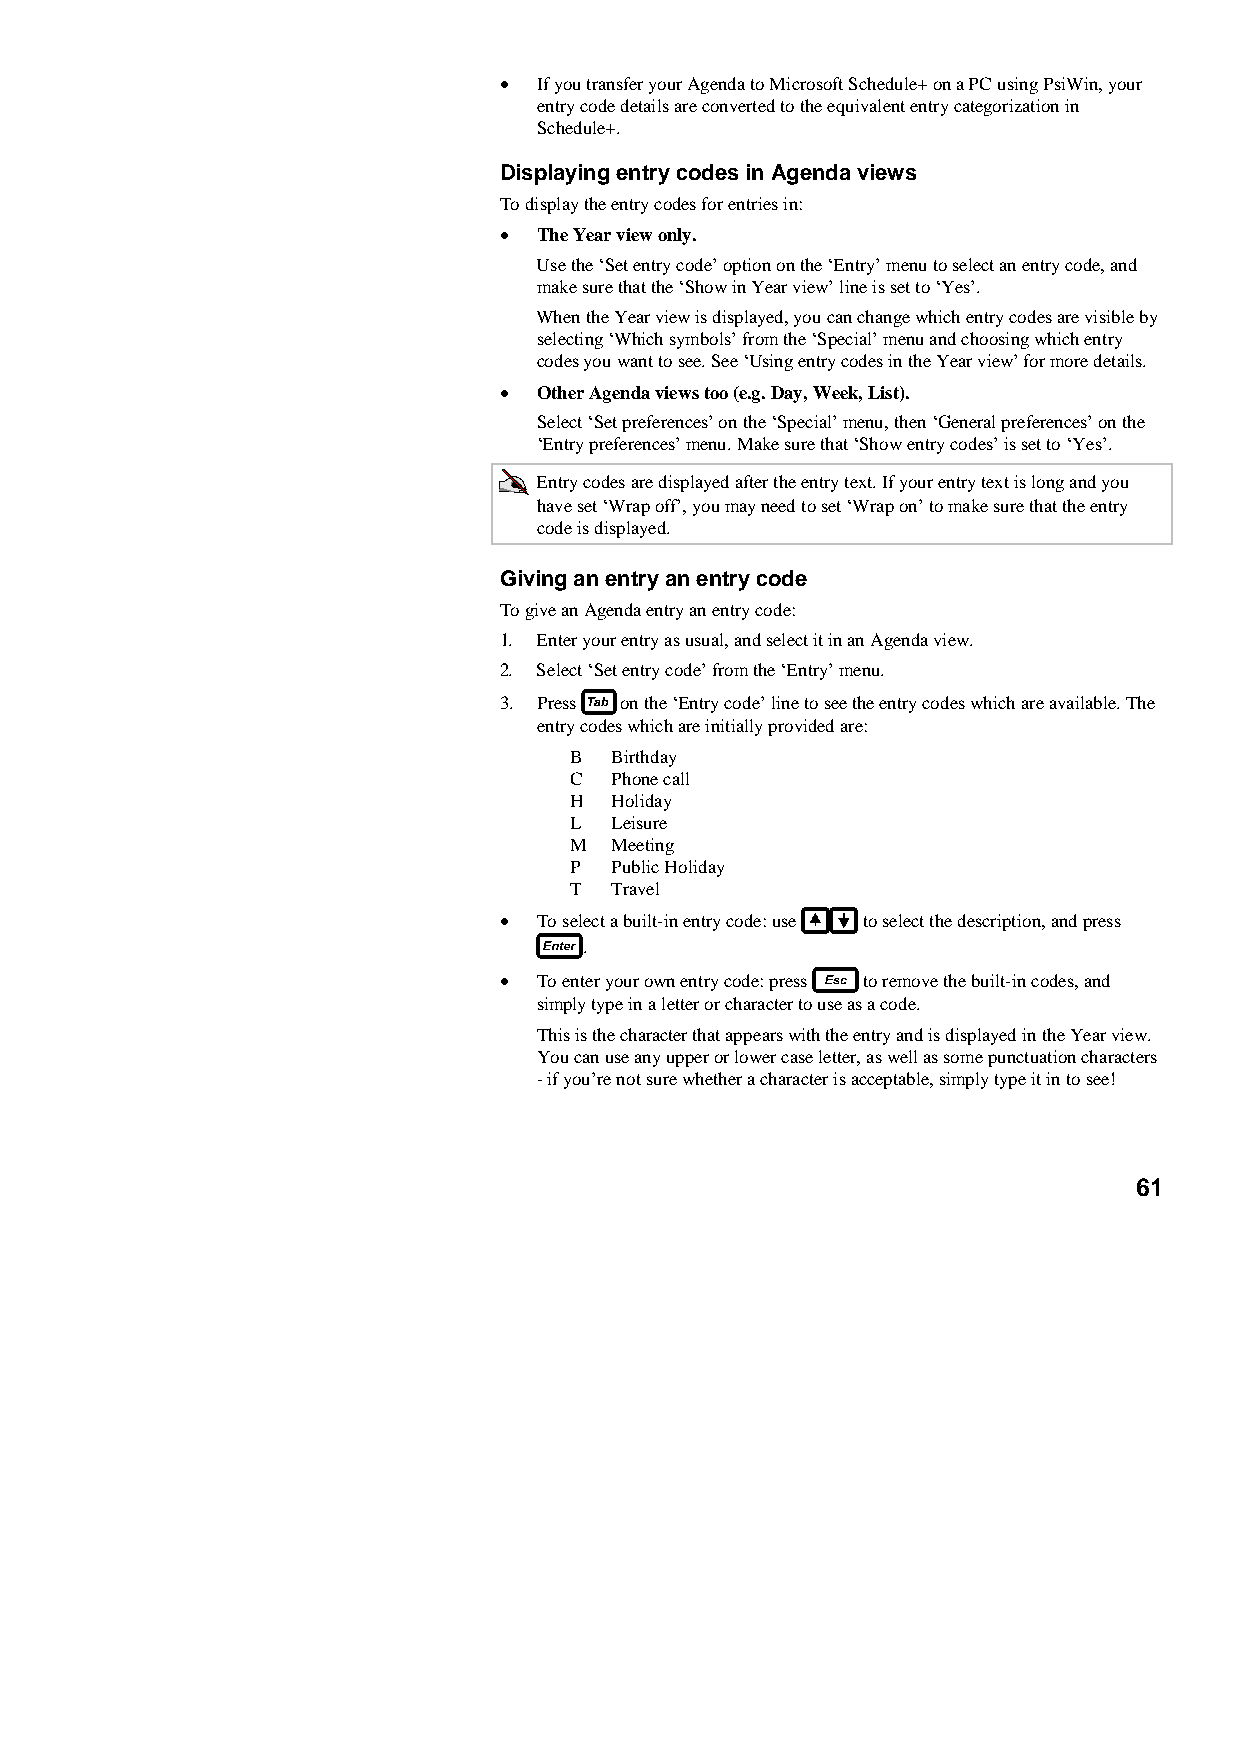
•  If you transfer your Agenda to Microsoft Schedule+ on a PC using PsiWin, your
 entry code details are converted to the equivalent entry categorization in
 Schedule+.
 Displaying entry codes in Agenda views
 To display the entry codes for entries in:
 •  The Year view only.
 Use the ‘Set entry code’ option on the ‘Entry’ menu to select an entry code, and
 make sure that the ‘Show in Year view’ line is set to ‘Yes’.
 When the Year view is displayed, you can change which entry codes are visible by
 selecting ‘Which symbols’ from the ‘Special’ menu and choosing which entry
 codes you want to see. See ‘Using entry codes in the Year view’ for more details.
 •  Other Agenda views too (e.g. Day, Week, List).
 Select ‘Set preferences’ on the ‘Special’ menu, then ‘General preferences’ on the
 ‘Entry preferences’ menu. Make sure that ‘Show entry codes’ is set to ‘Yes’.
 Entry codes are displayed after the entry text. If your entry text is long and you
 have set ‘Wrap off’, you may need to set ‘Wrap on’ to make sure that the entry
 code is displayed.
 Giving an entry an entry code
 To give an Agenda entry an entry code:
 1. Enter your entry as usual, and select it in an Agenda view.
 2. Select ‘Set entry code’ from the ‘Entry’ menu.
 3. Press on the ‘Entry code’ line to see the entry codes which are available. The
 entry codes which are initially provided are:
 B Birthday
 C Phone call
 H Holiday
 L Leisure
 M Meeting
 P Public Holiday
 T Travel
 •  To select a built-in entry code: use to select the description, and press
 .
 •  To enter your own entry code: press to remove the built-in codes, and
 simply type in a letter or character to use as a code.
 This is the character that appears with the entry and is displayed in the Year view.
 You can use any upper or lower case letter, as well as some punctuation characters
 - if you’re not sure whether a character is acceptable, simply type it in to see!
 61